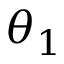
\theta _ { 1 }